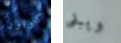
كونور ويبقى